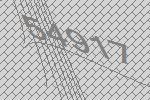
54917